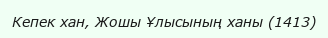
Кепек хан, Жошы Ұлысының ханы (1413)